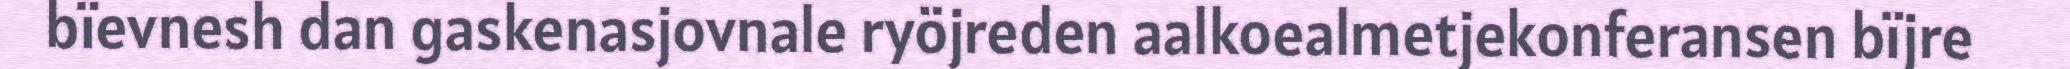
bïevnesh dan gaskenasjovnale ryöjreden aalkoealmetjekonferansen bïjre